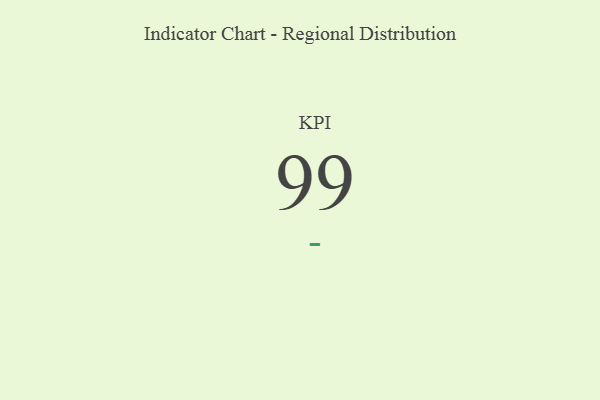
{"axis": {"x": "KPI", "y": "Value"}, "legend": [""], "data": [{"x": "KPI", "y": 99, "type": ""}]}